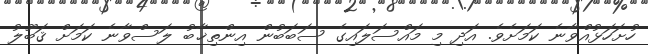
ހުށަހަޅުއްވާނެ ކަމަށެވެ. އަދި މި މައްސަލައިގެ ސަބަބުން އިންތިޚާބު ލަސްވާނެ ކަމަށް ޤަބޫލު